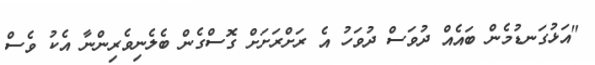
"އަޅުގަނޑުމެން ބައެއް ދުވަސް ދުވަހު އެ ރަށްރަށަށް ގޮސްގެން ބެލެނިވެރިންނާ އެކު ވެސް